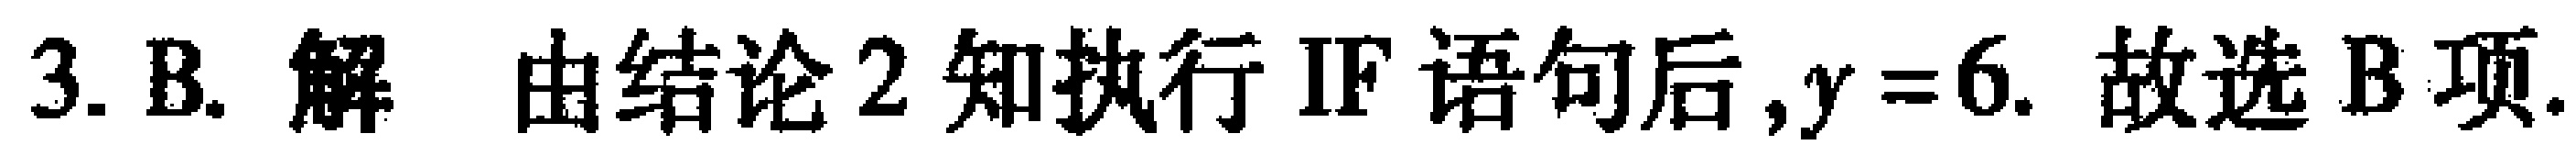
3. B. 解 由结论2知执行IF语句后,$y = 6$. 故选B项.